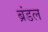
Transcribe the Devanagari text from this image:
ब्रंडल